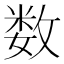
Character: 数